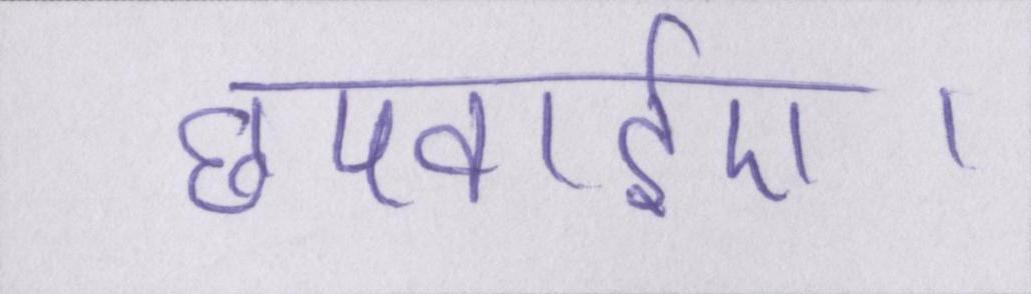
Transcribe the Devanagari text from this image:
छपवाईए।